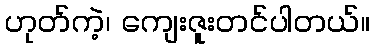
ဟုတ်ကဲ့၊ ကျေးဇူးတင်ပါတယ်။